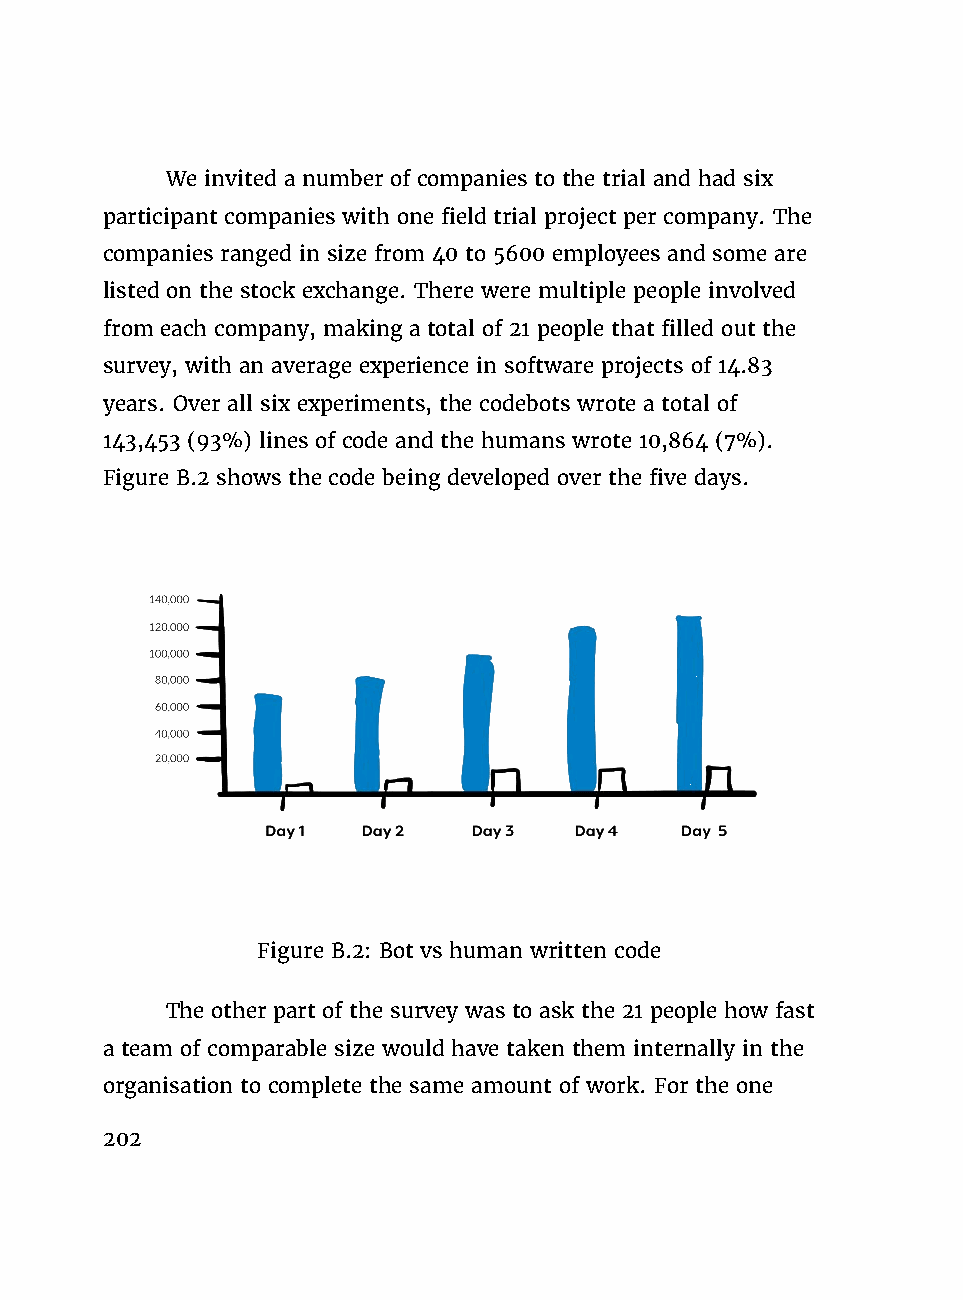
We invited a number of companies to the trial and had six
 participant companies with one field trial project per company. The
 companies ranged in size from 40 to 5600 employees and some are
 listed on the stock exchange. There were multiple people involved
 from each company, making a total of 21 people that filled out the
 survey, with an average experience in software projects of 14.83
 years. Over all six experiments, the codebots wrote a total of
 143,453 (93%) lines of code and the humans wrote 10,864 (7%).
 Figure B.2 shows the code being developed over the five days.
 Figure B.2: Bot vs human written code
 The other part of the survey was to ask the 21 people how fast
 a team of comparable size would have taken them internally in the
 organisation to complete the same amount of work. For the one
 202